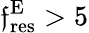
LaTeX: \mathfrak{f}_{\mathrm{{res}}}^{\mathrm{{E}}}>5